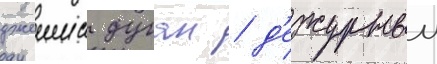
джеимс дуган / д'ежурныи